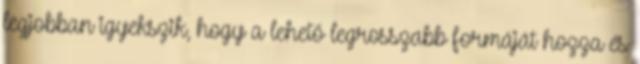
legjobban igyekszik, hogy a lehető legrosszabb formáját hozza és